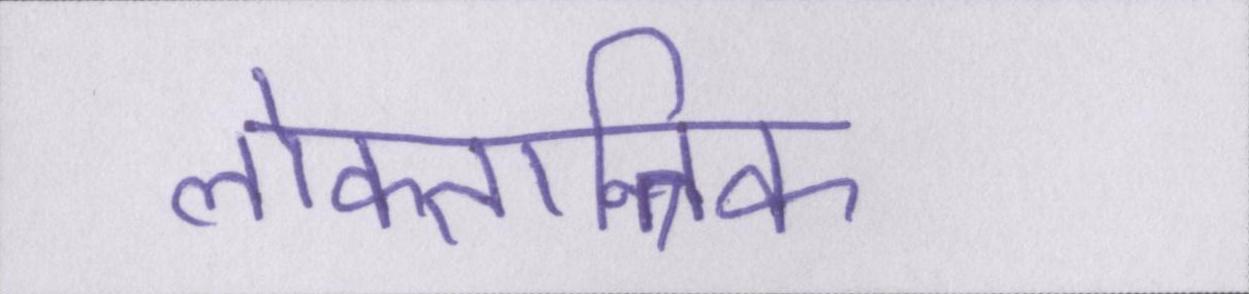
लोकतान्त्रिक